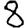
Digit: 8